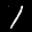
Label: 1